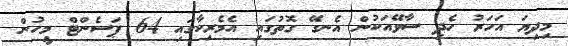
މިދިޔަ އަހަރު ހެދި ސާވޭއަކުން އެނގޭ ގޮތުގައި އެމެރިކާގައި 64 ޕަސެންޓް މީހުން